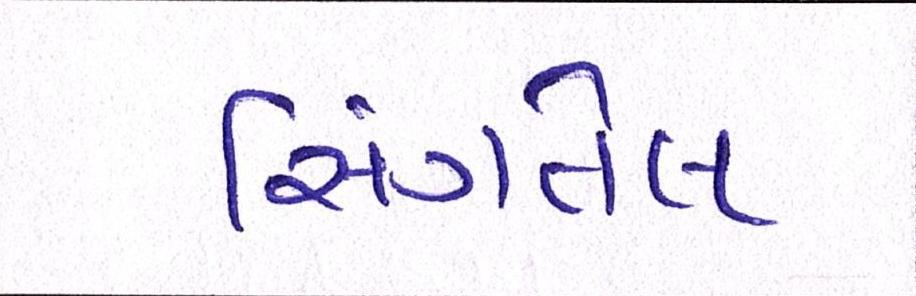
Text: સિંગતેલ